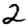
Digit: 2